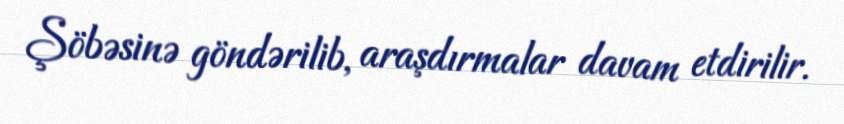
Şöbəsinə göndərilib, araşdırmalar davam etdirilir.